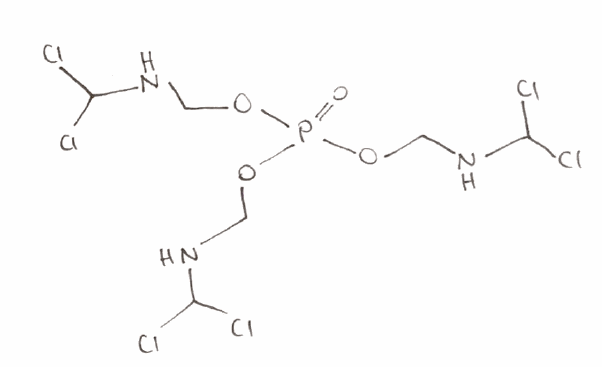
Simplified molecular-input line-entry system (SMILES) notation of the given molecule:
C(NC(Cl)Cl)OP(=O)(OCNC(Cl)Cl)OCNC(Cl)Cl